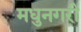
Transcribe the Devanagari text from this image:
मधुनगरी